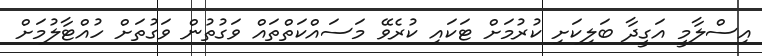
އިސްލާމީ އަގީދާ ބަލިކަށި ކުރުމަށް ޓަކައި ކުރެވޭ މަސައްކަތްތައް ވަގުތުން ވަގުތަށް ހުއްޓާލުމަށް